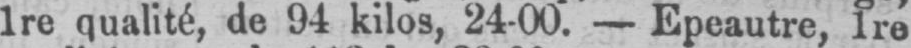
1re qualité, de 94 kilos, 24-00. - Epeautre, 1re